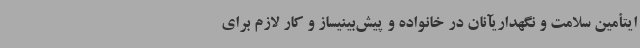
ایتأمین سلامت و نگهداریآنان در خانواده و پیش‌بینیساز و کار لازم برای